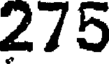
275